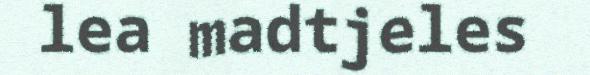
lea madtjeles